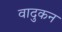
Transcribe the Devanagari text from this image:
वादुकन